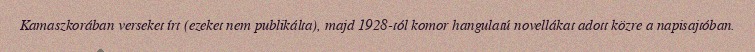
Kamaszkorában verseket írt (ezeket nem publikálta), majd 1928-tól komor hangulatú novellákat adott közre a napisajtóban.